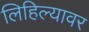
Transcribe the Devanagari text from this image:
लिहिल्यावर